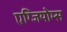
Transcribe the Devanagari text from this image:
एग्जियोम्स